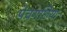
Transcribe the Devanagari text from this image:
पंचगछिया